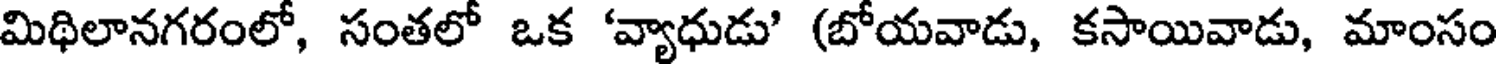
మిథిలానగరంలో, సంతలో ఒక 'వ్యాధుడు' (బోయవాడు, కసాయివాడు, మాంసం